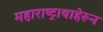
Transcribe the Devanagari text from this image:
महाराष्ट्राबाहेरून